Scottish Leaving Certificate Examination, 1953
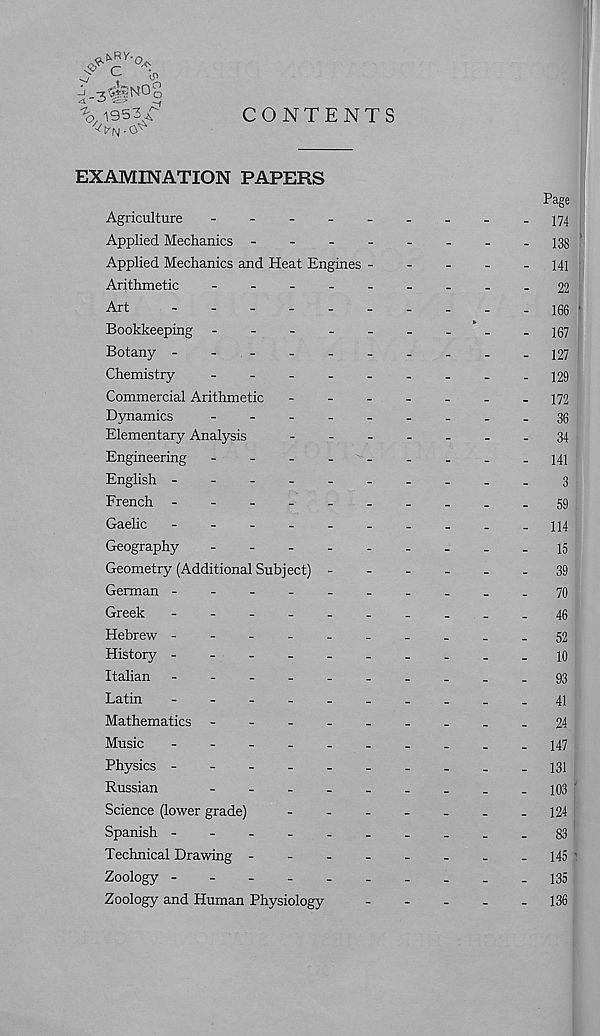
-J _3%iN0b
\ 1953/
CONTENTS
EXAMINATION PAPERS
Page
Agriculture
--------- 174
Applied Mechanics -
--
--
--
-133
Applied Mechanics and Heat Engines ----- 141
Arithmetic
-
--
--
--
--22
Art
jee
Bookkeeping -
-
-
-
-
-
-
.
-167
Botany - :
-
127
Chemistry
-
--
--
--
-- 129
Commercial Arithmetic
-
172
Dynamics
-
--
--
--
-.36
Elementary Analysis
-
--
--
--34
Engineering -
--
141
English -----
3
French
---..59
Gaelic
-
114
Geography
15
Geometry (Additional Subject)
39
German ---------
-
70
Greek
-
--
--
--
--
.46
Hebrew ---------
.52
History ---------
.10
Italian
93
Latin
-
...
41
Mathematics
-
.
.
.
24
Music
-
--
--
--
--
_147
Physics ---------
_131
Russian
-
--
--
--
-- 103
Science (lower grade)
-
-
124
Spanish --------..83
Technical Drawing -------
- 145
Zoology --
135
Zoology and Human Physiology
-
-
-
-
- 136